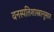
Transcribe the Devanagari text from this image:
वनस्पतिशास्त्रानुसार